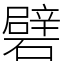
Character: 礕